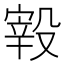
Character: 𣪮